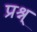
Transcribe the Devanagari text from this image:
प्रश्न्